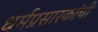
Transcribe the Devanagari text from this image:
धर्मप्रसारकांची